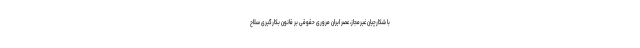
با شکارچیان غیرمجاز، عصر ایران مروری حقوقی بر قانون بکارگیری سلاح